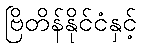
ဗြိတိန်နိုင်ငံနှင့်